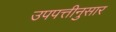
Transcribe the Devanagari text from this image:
उपपत्तीनुसार